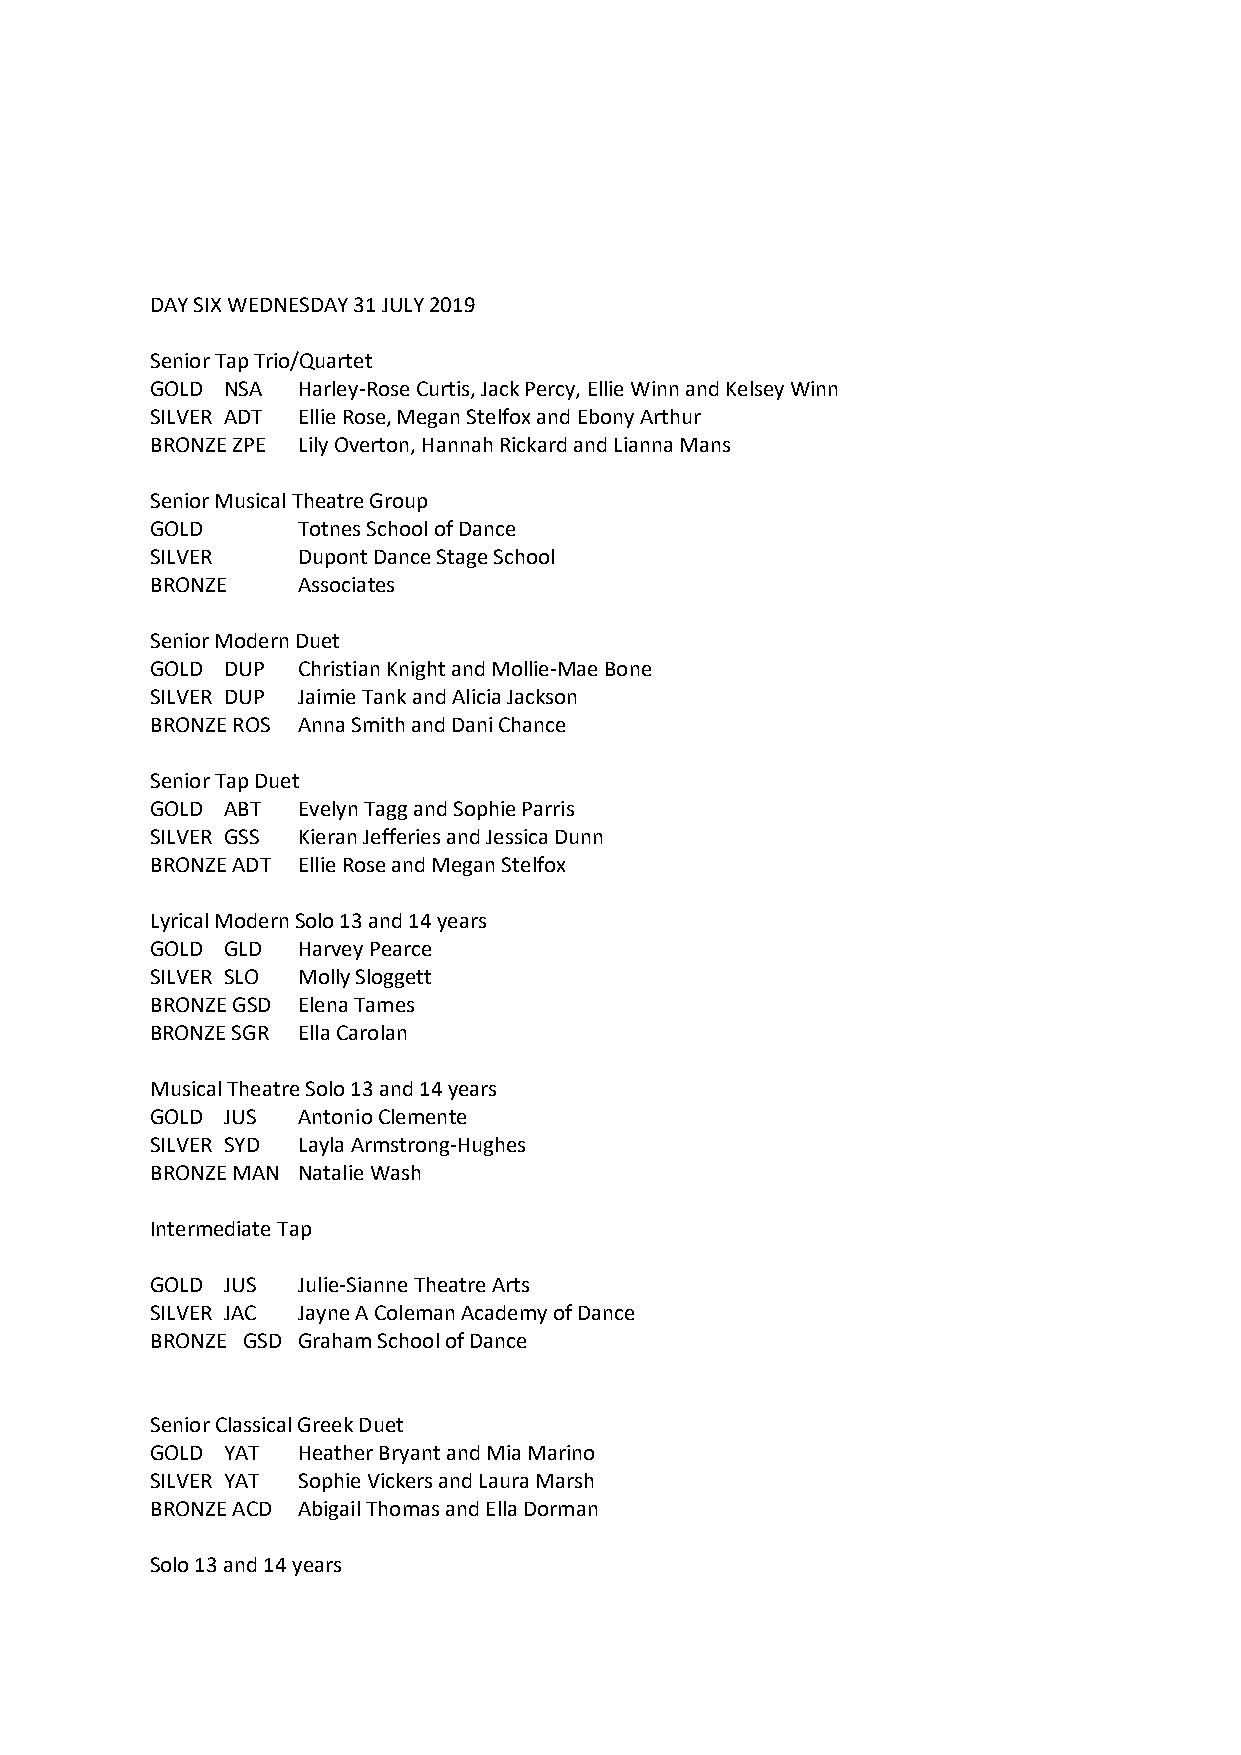
DAY SIX WEDNESDAY 31 JULY 2019
 Senior Tap Trio/Quartet
 GOLD NSA  Harley-Rose Curtis, Jack Percy, Ellie Winn and Kelsey Winn
 SILVER ADT Ellie Rose, Megan Stelfox and Ebony Arthur
 BRONZE ZPE Lily Overton, Hannah Rickard and Lianna Mans
 Senior Musical Theatre Group
 GOLD      Totnes School of Dance
 SILVER    Dupont Dance Stage School
 BRONZE    Associates
 Senior Modern Duet
 GOLD DUP  Christian Knight and Mollie-Mae Bone
 SILVER DUP Jaimie Tank and Alicia Jackson
 BRONZE ROS Anna Smith and Dani Chance
 Senior Tap Duet
 GOLD ABT  Evelyn Tagg and Sophie Parris
 SILVER GSS Kieran Jefferies and Jessica Dunn
 BRONZE ADT Ellie Rose and Megan Stelfox
 Lyrical Modern Solo 13 and 14 years
 GOLD GLD  Harvey Pearce
 SILVER SLO Molly Sloggett
 BRONZE GSD Elena Tames
 BRONZE SGR Ella Carolan
 Musical Theatre Solo 13 and 14 years
 GOLD JUS  Antonio Clemente
 SILVER SYD Layla Armstrong-Hughes
 BRONZE MAN Natalie Wash
 Intermediate Tap
 GOLD JUS  Julie-Sianne Theatre Arts
 SILVER JAC Jayne A Coleman Academy of Dance
 BRONZE GSD Graham School of Dance
 Senior Classical Greek Duet
 GOLD YAT  Heather Bryant and Mia Marino
 SILVER YAT Sophie Vickers and Laura Marsh
 BRONZE ACD Abigail Thomas and Ella Dorman
 Solo 13 and 14 years